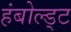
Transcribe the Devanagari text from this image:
हंबोल्ड्ट